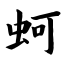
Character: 蚵